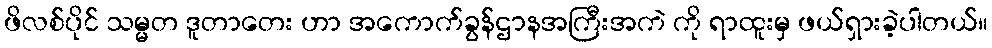
ဖိလစ်ပိုင် သမ္မတ ဒူတာတေး ဟာ အကောက်ခွန်ဌာနအကြီးအကဲ ကို ရာထူးမှ ဖယ်ရှားခဲ့ပါတယ်။